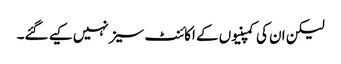
لیکن ان کی کمپنیوں کے اکائنٹ سیز نہیں کیے گئے۔